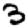
Digit: 3